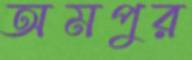
অমপুর